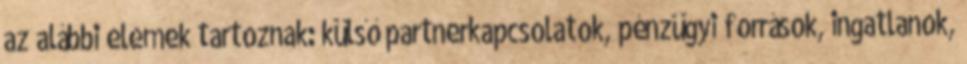
az alábbi elemek tartoznak: külső partnerkapcsolatok, pénzügyi források, ingatlanok,